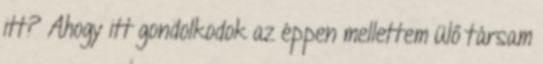
itt? Ahogy itt gondolkodok az éppen mellettem ülő társam